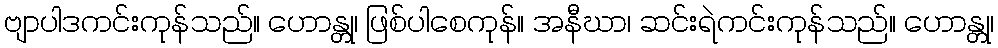
ဗျာပါဒကင်းကုန်သည်။ ဟောန္တု၊ ဖြစ်ပါစေကုန်။ အနီဃာ၊ ဆင်းရဲကင်းကုန်သည်။ ဟောန္တု၊